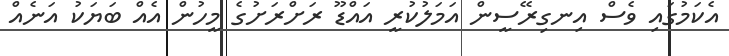
އެކަމުގައި ވެސް އިނގިރޭސީން އަމަލުކުރީ އައްޑޫ ރަށްރަށުގެ މީހުން އެއް ބަޔަކު އަނެއް